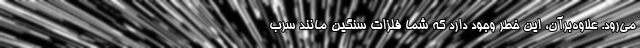
می‌رود. علاوه‌بر‌آن، این خطر وجود دارد که شما فلزات سنگین مانند سرب